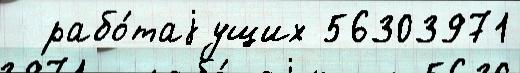
  рабо́таjущих 56303971